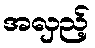
အလှည့်